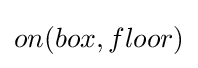
on(box,floor)